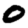
Digit: 0